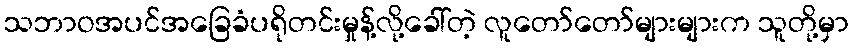
သဘာဝအပင်အခြေခံပရိုတင်းမှုန့်လို့ခေါ်တဲ့ လူတော်တော်များများက သူတို့မှာ